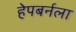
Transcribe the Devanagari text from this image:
हेपबर्नला